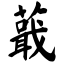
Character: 蕺